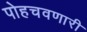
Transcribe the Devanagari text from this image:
पोहचवणारी